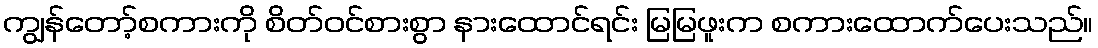
ကျွန်တော့်စကားကို စိတ်ဝင်စားစွာ နားထောင်ရင်း မြမြဖူးက စကားထောက်ပေးသည်။